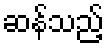
ဆန်သည့်